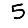
Digit: 5